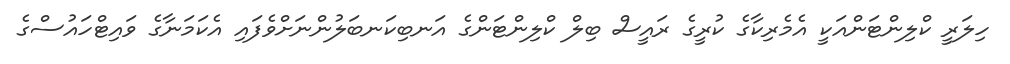
ހިލަރީ ކްލިންޓަންއަކީ އެމެރިކާގެ ކުރީގެ ރައީސް ބިލް ކްލިންޓަންގެ އަނބިކަނބަލުންނަށްވެފައި އެކަމަނާގެ ވައިޓްހައުސްގެ